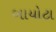
બાયોટા